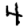
Digit: 4